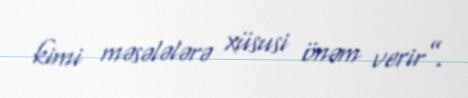
kimi məsələlərə xüsusi önəm verir”.